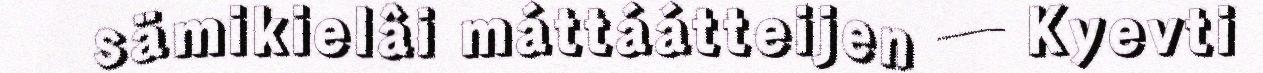
sämikielâi máttáátteijen ─ Kyevti